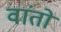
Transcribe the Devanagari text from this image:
वांतो